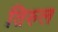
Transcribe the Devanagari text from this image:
तिरुल